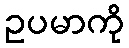
ဥပမာကို